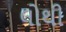
લોથી